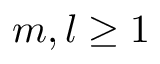
m , l \geq 1